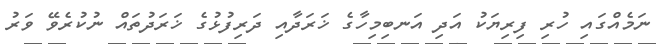
ނަމެއްގައި ހުރި ފިރިޔަކު އަދި އަނބިމިހާގެ ޚަރަދާއި ދަރިފުޅުގެ ޚަރަދުތައް ނުކުރެވޭ ވަރު